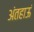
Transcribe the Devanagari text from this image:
अंतहाऊं